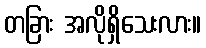
တခြား အလိုရှိသေးလား။